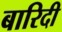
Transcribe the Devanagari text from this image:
बारिदी